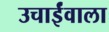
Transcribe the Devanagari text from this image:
उचाईंवाला